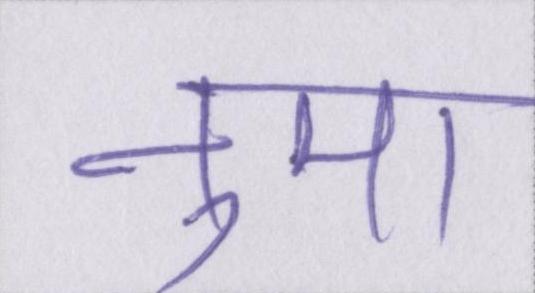
नुमा